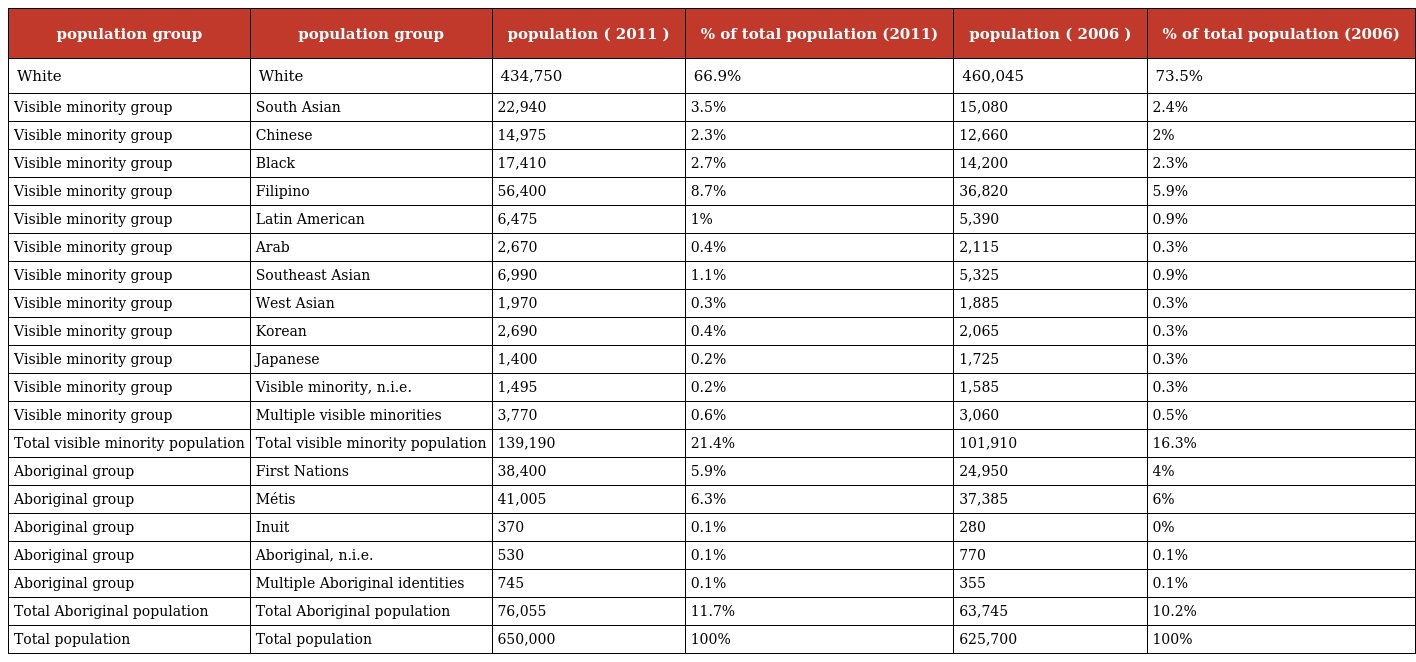
| population group | population group | population ( 2011 ) | % of total population (2011) | population ( 2006 ) | % of total population (2006) |
 | --- | --- | --- | --- | --- | --- |
 | White | White | 434,750 | 66.9% | 460,045 | 73.5% |
 | Visible minority group | South Asian | 22,940 | 3.5% | 15,080 | 2.4% |
 | Visible minority group | Chinese | 14,975 | 2.3% | 12,660 | 2% |
 | Visible minority group | Black | 17,410 | 2.7% | 14,200 | 2.3% |
 | Visible minority group | Filipino | 56,400 | 8.7% | 36,820 | 5.9% |
 | Visible minority group | Latin American | 6,475 | 1% | 5,390 | 0.9% |
 | Visible minority group | Arab | 2,670 | 0.4% | 2,115 | 0.3% |
 | Visible minority group | Southeast Asian | 6,990 | 1.1% | 5,325 | 0.9% |
 | Visible minority group | West Asian | 1,970 | 0.3% | 1,885 | 0.3% |
 | Visible minority group | Korean | 2,690 | 0.4% | 2,065 | 0.3% |
 | Visible minority group | Japanese | 1,400 | 0.2% | 1,725 | 0.3% |
 | Visible minority group | Visible minority, n.i.e. | 1,495 | 0.2% | 1,585 | 0.3% |
 | Visible minority group | Multiple visible minorities | 3,770 | 0.6% | 3,060 | 0.5% |
 | Total visible minority population | Total visible minority population | 139,190 | 21.4% | 101,910 | 16.3% |
 | Aboriginal group | First Nations | 38,400 | 5.9% | 24,950 | 4% |
 | Aboriginal group | Métis | 41,005 | 6.3% | 37,385 | 6% |
 | Aboriginal group | Inuit | 370 | 0.1% | 280 | 0% |
 | Aboriginal group | Aboriginal, n.i.e. | 530 | 0.1% | 770 | 0.1% |
 | Aboriginal group | Multiple Aboriginal identities | 745 | 0.1% | 355 | 0.1% |
 | Total Aboriginal population | Total Aboriginal population | 76,055 | 11.7% | 63,745 | 10.2% |
 | Total population | Total population | 650,000 | 100% | 625,700 | 100% |